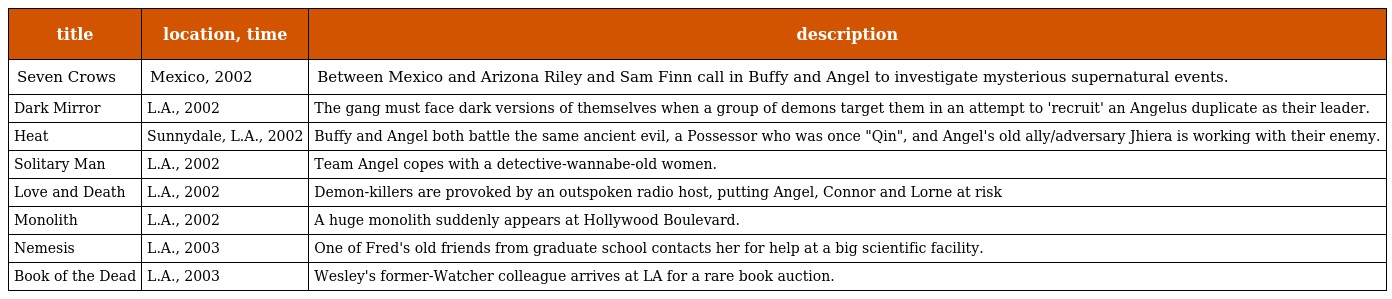
| title | location, time | description |
 | --- | --- | --- |
 | Seven Crows | Mexico, 2002 | Between Mexico and Arizona Riley and Sam Finn call in Buffy and Angel to investigate mysterious supernatural events. |
 | Dark Mirror | L.A., 2002 | The gang must face dark versions of themselves when a group of demons target them in an attempt to 'recruit' an Angelus duplicate as their leader. |
 | Heat | Sunnydale, L.A., 2002 | Buffy and Angel both battle the same ancient evil, a Possessor who was once "Qin", and Angel's old ally/adversary Jhiera is working with their enemy. |
 | Solitary Man | L.A., 2002 | Team Angel copes with a detective-wannabe-old women. |
 | Love and Death | L.A., 2002 | Demon-killers are provoked by an outspoken radio host, putting Angel, Connor and Lorne at risk |
 | Monolith | L.A., 2002 | A huge monolith suddenly appears at Hollywood Boulevard. |
 | Nemesis | L.A., 2003 | One of Fred's old friends from graduate school contacts her for help at a big scientific facility. |
 | Book of the Dead | L.A., 2003 | Wesley's former-Watcher colleague arrives at LA for a rare book auction. |